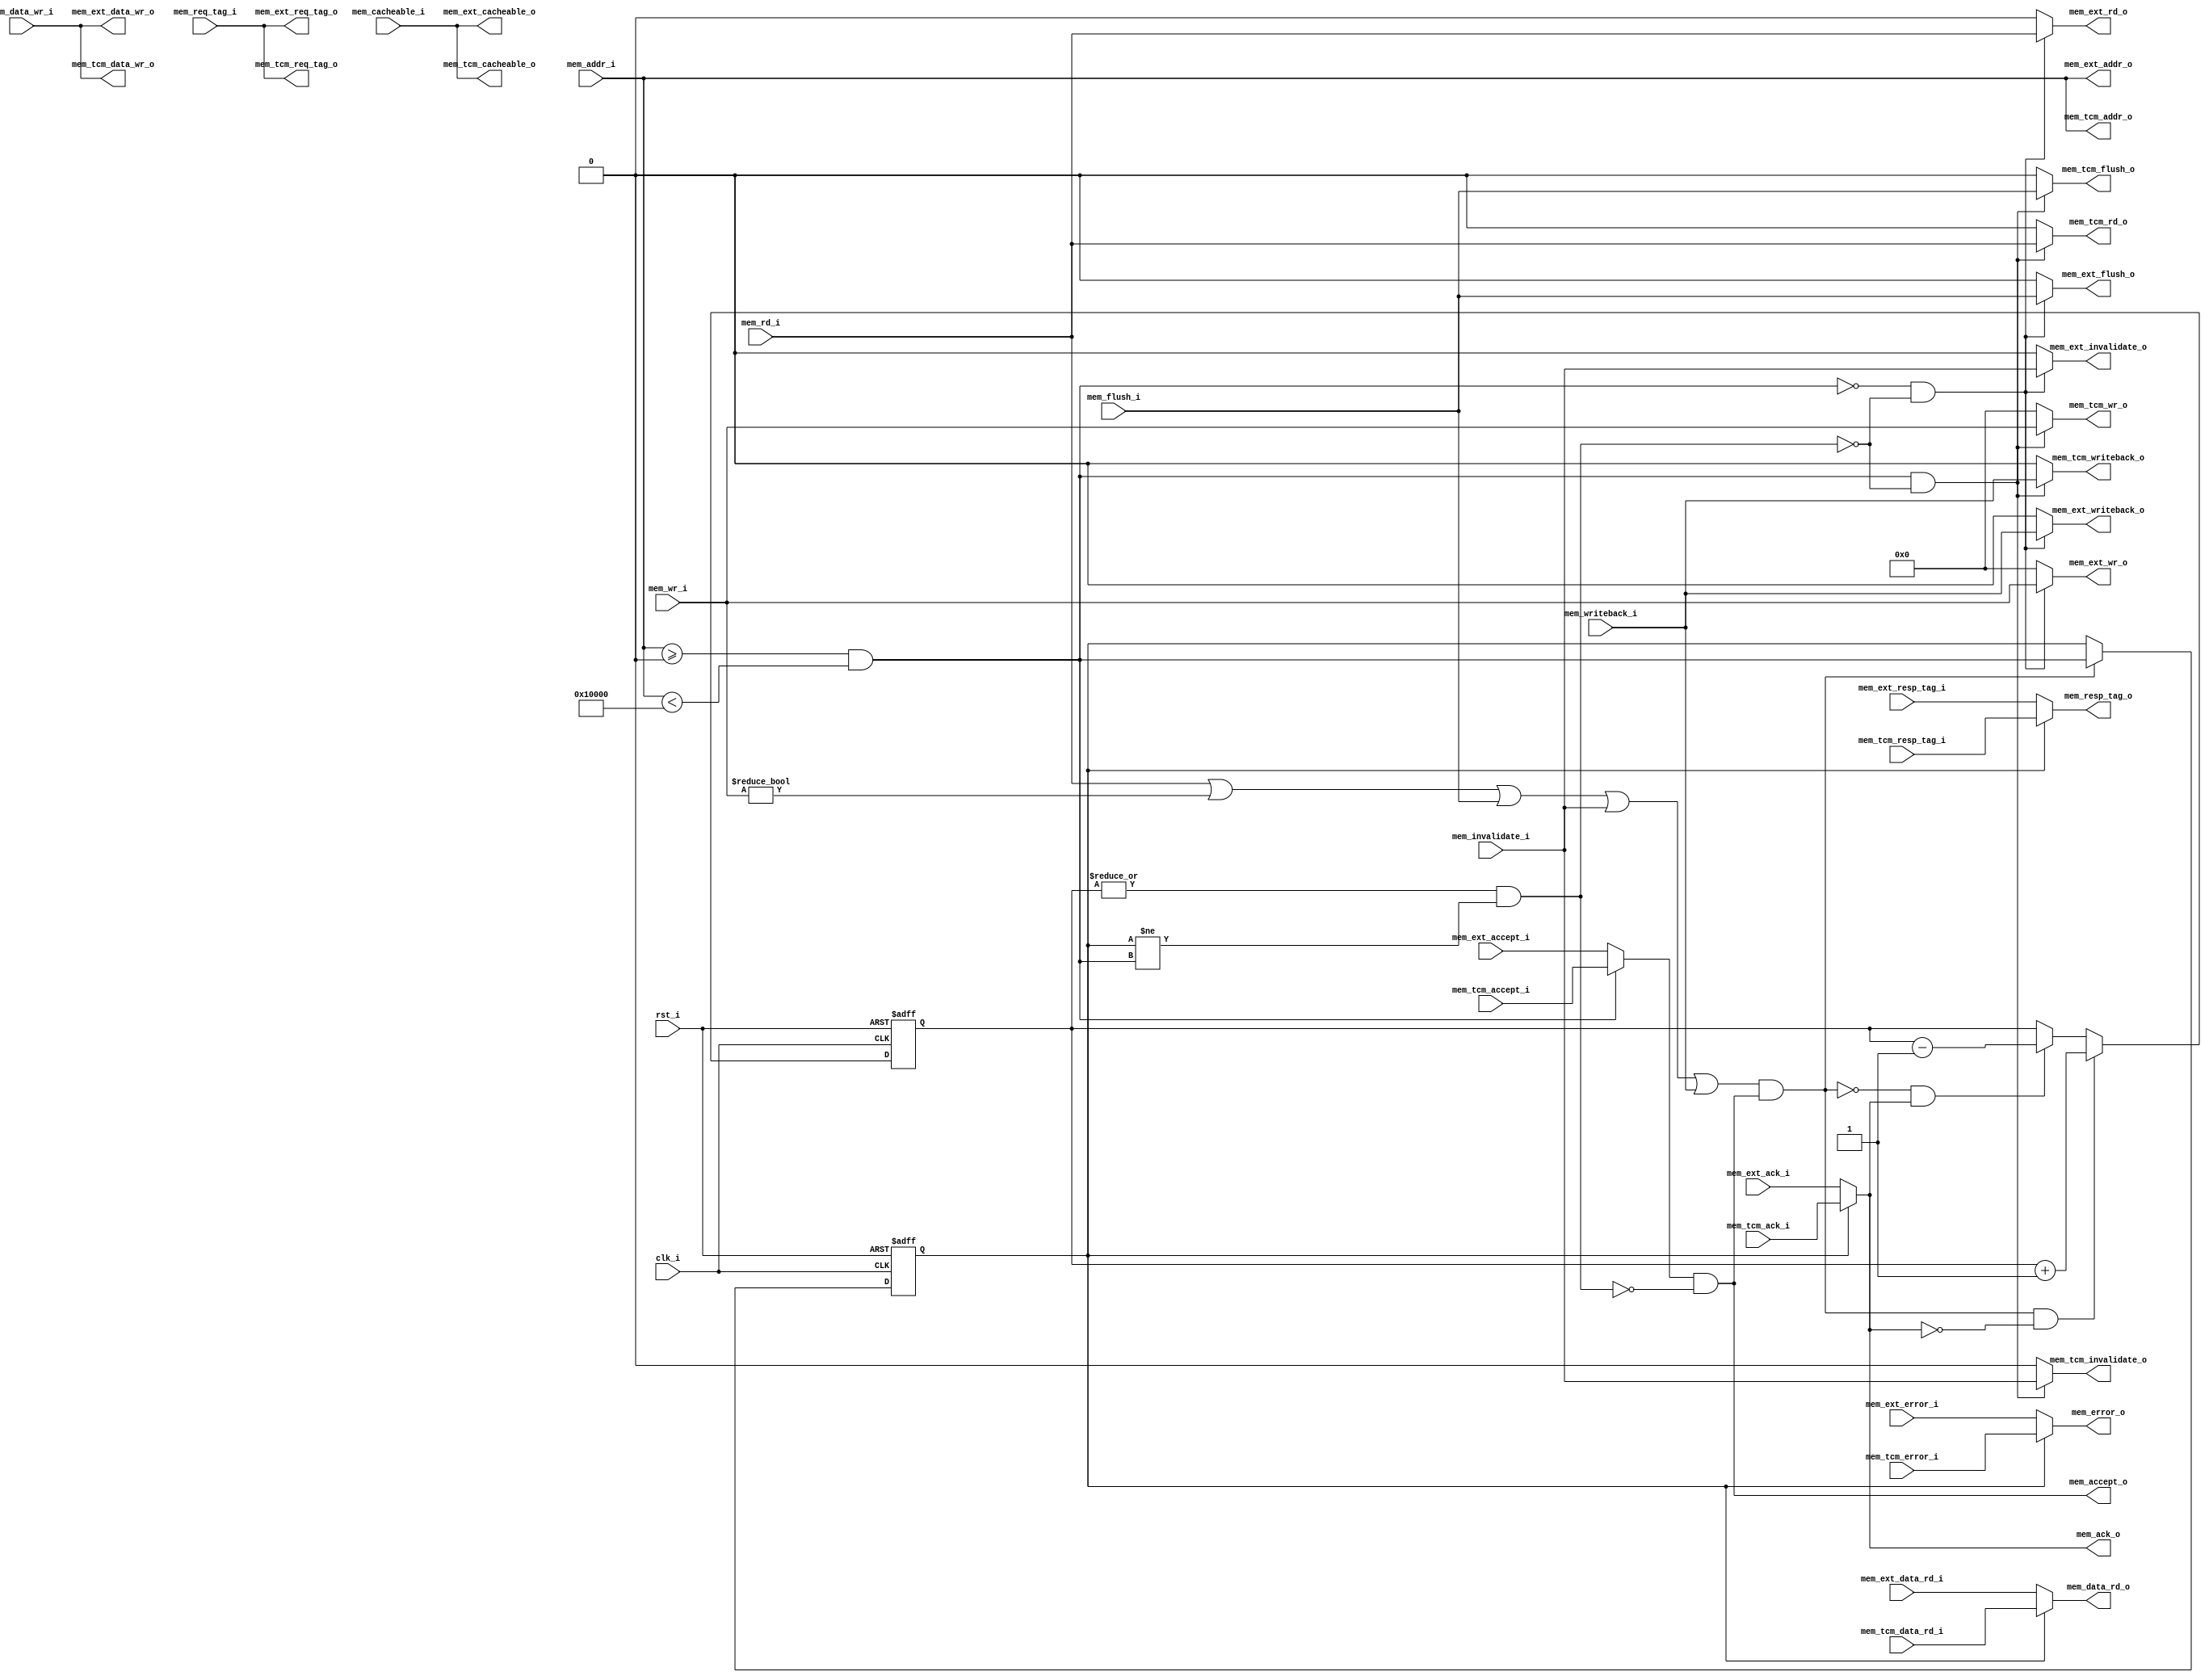
//-----------------------------------------------------------------
//                         RISC-V Top
//                            V0.6
//                     Ultra-Embedded.com
//                     Copyright 2014-2019
//
//                   admin@ultra-embedded.com
//
//                       License: BSD
//-----------------------------------------------------------------
//
// Copyright (c) 2014, Ultra-Embedded.com
// All rights reserved.
// 
// Redistribution and use in source and binary forms, with or without
// modification, are permitted provided that the following conditions 
// are met:
//   - Redistributions of source code must retain the above copyright
//     notice, this list of conditions and the following disclaimer.
//   - Redistributions in binary form must reproduce the above copyright
//     notice, this list of conditions and the following disclaimer 
//     in the documentation and/or other materials provided with the 
//     distribution.
//   - Neither the name of the author nor the names of its contributors 
//     may be used to endorse or promote products derived from this 
//     software without specific prior written permission.
// 
// THIS SOFTWARE IS PROVIDED BY THE COPYRIGHT HOLDERS AND CONTRIBUTORS 
// "AS IS" AND ANY EXPRESS OR IMPLIED WARRANTIES, INCLUDING, BUT NOT 
// LIMITED TO, THE IMPLIED WARRANTIES OF MERCHANTABILITY AND FITNESS FOR 
// A PARTICULAR PURPOSE ARE DISCLAIMED. IN NO EVENT SHALL THE AUTHOR BE 
// LIABLE FOR ANY DIRECT, INDIRECT, INCIDENTAL, SPECIAL, EXEMPLARY, OR 
// CONSEQUENTIAL DAMAGES (INCLUDING, BUT NOT LIMITED TO, PROCUREMENT OF 
// SUBSTITUTE GOODS OR SERVICES; LOSS OF USE, DATA, OR PROFITS; OR 
// BUSINESS INTERRUPTION) HOWEVER CAUSED AND ON ANY THEORY OF 
// LIABILITY, WHETHER IN CONTRACT, STRICT LIABILITY, OR TORT
// (INCLUDING NEGLIGENCE OR OTHERWISE) ARISING IN ANY WAY OUT OF 
// THE USE OF THIS SOFTWARE, EVEN IF ADVISED OF THE POSSIBILITY OF 
// SUCH DAMAGE.
//-----------------------------------------------------------------

//-----------------------------------------------------------------
//                          Generated File
//-----------------------------------------------------------------
module dport_mux
//-----------------------------------------------------------------
// Params
//-----------------------------------------------------------------
#(
     parameter TCM_MEM_BASE     = 0
)
//-----------------------------------------------------------------
// Ports
//-----------------------------------------------------------------
(
    // Inputs
     input           clk_i
    ,input           rst_i
    ,input  [ 31:0]  mem_addr_i
    ,input  [ 31:0]  mem_data_wr_i
    ,input           mem_rd_i
    ,input  [  3:0]  mem_wr_i
    ,input           mem_cacheable_i
    ,input  [ 10:0]  mem_req_tag_i
    ,input           mem_invalidate_i
    ,input           mem_writeback_i
    ,input           mem_flush_i
    ,input  [ 31:0]  mem_tcm_data_rd_i
    ,input           mem_tcm_accept_i
    ,input           mem_tcm_ack_i
    ,input           mem_tcm_error_i
    ,input  [ 10:0]  mem_tcm_resp_tag_i
    ,input  [ 31:0]  mem_ext_data_rd_i
    ,input           mem_ext_accept_i
    ,input           mem_ext_ack_i
    ,input           mem_ext_error_i
    ,input  [ 10:0]  mem_ext_resp_tag_i

    // Outputs
    ,output [ 31:0]  mem_data_rd_o
    ,output          mem_accept_o
    ,output          mem_ack_o
    ,output          mem_error_o
    ,output [ 10:0]  mem_resp_tag_o
    ,output [ 31:0]  mem_tcm_addr_o
    ,output [ 31:0]  mem_tcm_data_wr_o
    ,output          mem_tcm_rd_o
    ,output [  3:0]  mem_tcm_wr_o
    ,output          mem_tcm_cacheable_o
    ,output [ 10:0]  mem_tcm_req_tag_o
    ,output          mem_tcm_invalidate_o
    ,output          mem_tcm_writeback_o
    ,output          mem_tcm_flush_o
    ,output [ 31:0]  mem_ext_addr_o
    ,output [ 31:0]  mem_ext_data_wr_o
    ,output          mem_ext_rd_o
    ,output [  3:0]  mem_ext_wr_o
    ,output          mem_ext_cacheable_o
    ,output [ 10:0]  mem_ext_req_tag_o
    ,output          mem_ext_invalidate_o
    ,output          mem_ext_writeback_o
    ,output          mem_ext_flush_o
);



//-----------------------------------------------------------------
// Dcache_if mux
//-----------------------------------------------------------------
wire hold_w;

/* verilator lint_off UNSIGNED */
wire tcm_access_w = (mem_addr_i >= TCM_MEM_BASE && mem_addr_i < (TCM_MEM_BASE + 32'd65536));
/* verilator lint_on UNSIGNED */

reg       tcm_access_q;
reg [4:0] pending_q;

assign mem_tcm_addr_o       = mem_addr_i;
assign mem_tcm_data_wr_o    = mem_data_wr_i;
assign mem_tcm_rd_o         = (tcm_access_w & ~hold_w) ? mem_rd_i : 1'b0;
assign mem_tcm_wr_o         = (tcm_access_w & ~hold_w) ? mem_wr_i : 4'b0;
assign mem_tcm_cacheable_o  = mem_cacheable_i;
assign mem_tcm_req_tag_o    = mem_req_tag_i;
assign mem_tcm_invalidate_o = (tcm_access_w & ~hold_w) ? mem_invalidate_i : 1'b0;
assign mem_tcm_writeback_o  = (tcm_access_w & ~hold_w) ? mem_writeback_i : 1'b0;
assign mem_tcm_flush_o      = (tcm_access_w & ~hold_w) ? mem_flush_i : 1'b0;

assign mem_ext_addr_o       = mem_addr_i;
assign mem_ext_data_wr_o    = mem_data_wr_i;
assign mem_ext_rd_o         = (~tcm_access_w & ~hold_w) ? mem_rd_i : 1'b0;
assign mem_ext_wr_o         = (~tcm_access_w & ~hold_w) ? mem_wr_i : 4'b0;
assign mem_ext_cacheable_o  = mem_cacheable_i;
assign mem_ext_req_tag_o    = mem_req_tag_i;
assign mem_ext_invalidate_o = (~tcm_access_w & ~hold_w) ? mem_invalidate_i : 1'b0;
assign mem_ext_writeback_o  = (~tcm_access_w & ~hold_w) ? mem_writeback_i : 1'b0;
assign mem_ext_flush_o      = (~tcm_access_w & ~hold_w) ? mem_flush_i : 1'b0;

assign mem_accept_o         =(tcm_access_w ? mem_tcm_accept_i   : mem_ext_accept_i) & !hold_w;
assign mem_data_rd_o        = tcm_access_q ? mem_tcm_data_rd_i  : mem_ext_data_rd_i;
assign mem_ack_o            = tcm_access_q ? mem_tcm_ack_i      : mem_ext_ack_i;
assign mem_error_o          = tcm_access_q ? mem_tcm_error_i    : mem_ext_error_i;
assign mem_resp_tag_o       = tcm_access_q ? mem_tcm_resp_tag_i : mem_ext_resp_tag_i;

wire   request_w            = mem_rd_i || mem_wr_i != 4'b0 || mem_flush_i || mem_invalidate_i || mem_writeback_i;

reg [4:0] pending_r;
always @ *
begin
    pending_r = pending_q;

    if ((request_w && mem_accept_o) && !mem_ack_o)
        pending_r = pending_r + 5'd1;
    else if (!(request_w && mem_accept_o) && mem_ack_o)
        pending_r = pending_r - 5'd1;
end

always @ (posedge clk_i or posedge rst_i)
if (rst_i)
    pending_q <= 5'b0;
else
    pending_q <= pending_r;

always @ (posedge clk_i or posedge rst_i)
if (rst_i)
    tcm_access_q <= 1'b0;
else if (request_w && mem_accept_o)
    tcm_access_q <= tcm_access_w;

assign hold_w = (|pending_q) && (tcm_access_q != tcm_access_w);



endmodule